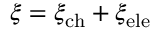
\xi = \xi _ { \mathrm { c h } } + \xi _ { \mathrm { e l e } }